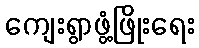
ကျေးရွာဖွံ့ဖြိုးရေး